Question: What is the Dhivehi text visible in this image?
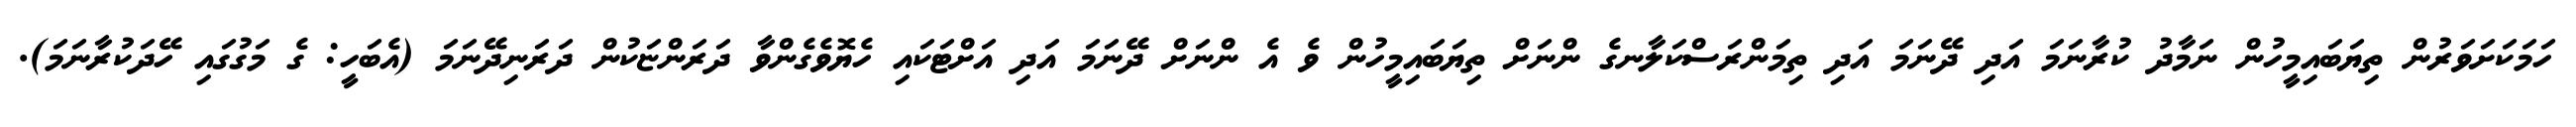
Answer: ހަމަކަށަވަރުން ތިޔަބައިމީހުން ނަމާދު ކުރާނަމަ އަދި ދޭނަމަ އަދި ތިމަންރަސްކަލާނގެ ންނަށް ތިޔަބައިމީހުން ވެ އެ ންނަށް ދޭނަމަ އަދި އަށްޓަކައި ހެޔޮވެގެންވާ ދަރަންޏަކުން ދަރަނިދޭނަމަ (އެބަހީ: ގެ މަގުގައި ހޭދަކުރާނަމަ).